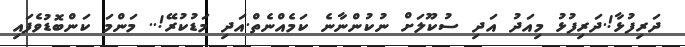
ދަރިފުޅާ!.ދަރިފުޅު މިއަދު އަދި ސުކޫލަށް ނުކުންނާނެ ކަމެއްނެތް.އަދި މަޑުކުރޭ!.. މަންމަ ކަންބޮޑުވެފައި